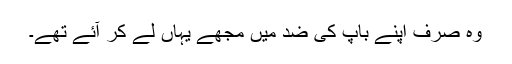
وہ صرف اپنے باپ کی ضد میں مجھے یہاں لے کر آئے تھے۔